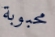
محبوبة